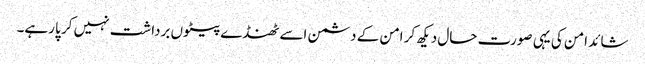
شائد امن کی یہی صورت حال دیکھ کر امن کے دشمن اسے ٹھنڈے پیٹوں برداشت نہیں کر پا رہے۔